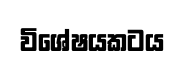
විශේෂයකටය